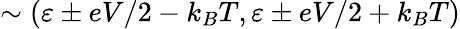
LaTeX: \sim\left(\varepsilon\pm eV/2-k_{B}T,\varepsilon\pm eV/2+k_{B}T\right)